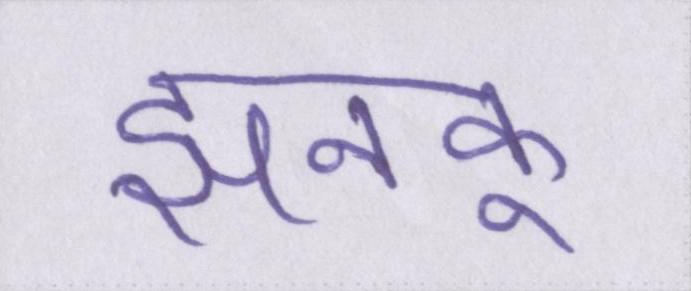
झनकू